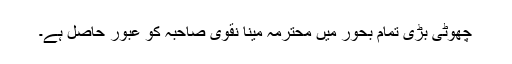
چھوٹی بڑی تمام بحور میں محترمہ مینا نقوی صاحبہ کو عبور حاصل ہے۔